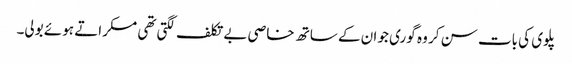
پلوی کی بات سن کر وہ گوری جو ان کے ساتھ خاصی بے تکلف لگتی تھی مسکراتے ہوئے بولی۔